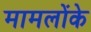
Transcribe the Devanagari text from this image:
मामलोंके